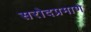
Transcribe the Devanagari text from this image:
सरोदप्रमाणे